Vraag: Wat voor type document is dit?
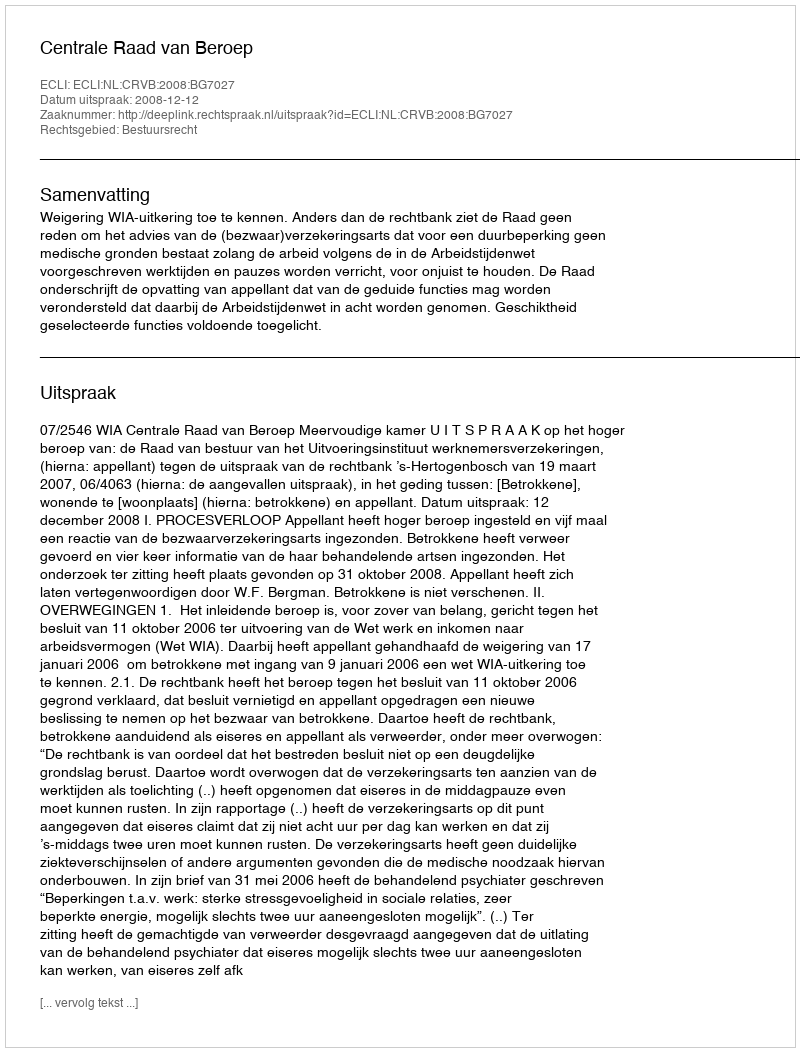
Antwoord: Uitspraak